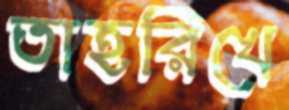
তাহরিখে